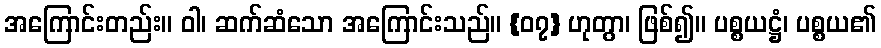
အကြောင်းတည်း။ ဝါ၊ ဆက်ဆံသော အကြောင်းသည်။ {၀၇} ဟုတွာ၊ ဖြစ်၍။ ပစ္စယဋ္ဌံ၊ ပစ္စယ၏